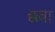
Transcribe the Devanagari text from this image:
छवा